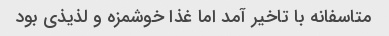
متاسفانه با تاخیر آمد اما غذا خوشمزه و لذیذی بود